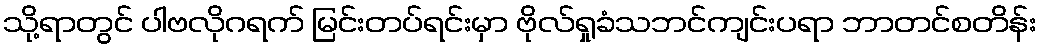
သို့ရာတွင် ပါဗလိုဂရက် မြင်းတပ်ရင်းမှာ ဗိုလ်ရှုခံသဘင်ကျင်းပရာ ဘာတင်စတိန်း